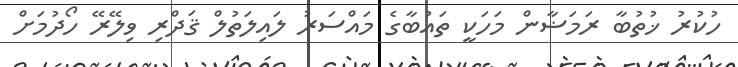
ހުކުރު ޚުތުބާ ރަމަޟާން މަހަކީ ތައުބާގެ މައްސަރު ލައިލަތުލް ޤަދްރި ވިލޭރޭ ހޯދުމަށް